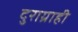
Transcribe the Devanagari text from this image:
दुराग्राही